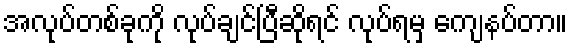
အလုပ်တစ်ခုကို လုပ်ချင်ပြီဆိုရင် လုပ်ရမှ ကျေနပ်တာ။